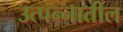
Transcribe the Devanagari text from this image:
उत्पन्‍नातील